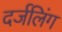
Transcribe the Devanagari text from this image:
दर्जलिंग